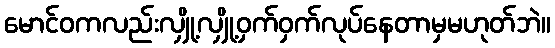
မောင်ဝကလည်းလျှို့လျှို့ဝှက်ဝှက်လုပ်နေတာမှမဟုတ်ဘဲ။